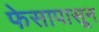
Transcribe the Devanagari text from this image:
फेसापासून